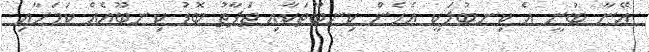
އޭނާ ބުނީ އެ ކިނބުލަކީ އެހެން ކިނބޫތަކާއި ތަފާތު ބޮޑު ކިނބޫއެއް ކަމަށާއި